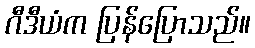
ဂီဒီယံက ပြန်ပြောသည်။